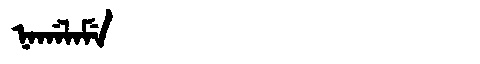
Manchu: ᠨᠠᡤᠠᠯᠠᠮᡝ
Romanization: NAGALAME